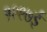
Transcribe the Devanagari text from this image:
१९९७ई